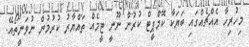
މިހުރިހާ އެއްޗެއްގައި ބަޔަކާ ކޮމްޕީޓް ކުރުން ނޫނީ ޓީމެއް ތައްޔާރު ކުރުމުން ނުވަނީތޯއޭ.